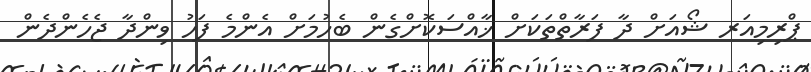
ޕްރިމިއަރ ޝޯއަށް ދާ ފަރާތްތަކަށް ޚާއްސަކޮށްގެން ބެހުމަށް އެންމެ ފަހު ވިންދާ ޖެހެންދެން